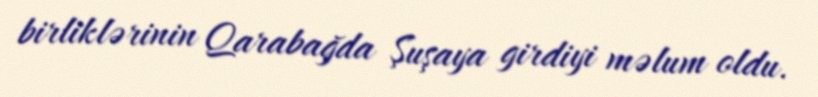
birliklərinin Qarabağda Şuşaya girdiyi məlum oldu.